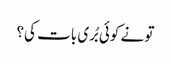
تو نے کوئی بُری بات کی؟